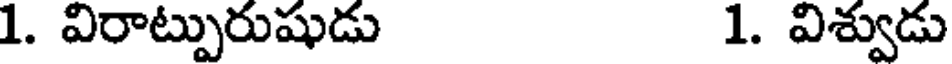
1. విరాట్పురుషుడు 1. విశ్వుడు